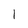
Character: I